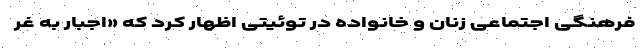
فرهنگی اجتماعی زنان و خانواده در توئیتی اظهار کرد که «اجبار به غر